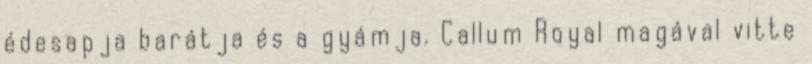
édesapja barátja és a gyámja. Callum Royal magával vitte